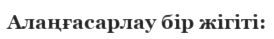
Алаңғасарлау бір жігіті: